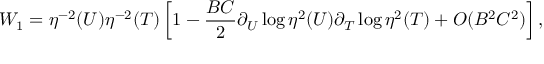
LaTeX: W _ { 1 } = \eta ^ { - 2 } ( U ) \eta ^ { - 2 } ( T ) \left[ 1 - \frac { B C } { 2 } \partial _ { U } \log \eta ^ { 2 } ( U ) \partial _ { T } \log \eta ^ { 2 } ( T ) + O ( B ^ { 2 } C ^ { 2 } ) \right] ,